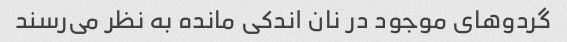
گردوهای موجود در نان اندکی مانده به نظر می‌رسند